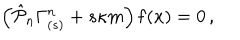
LaTeX: \left( \hat { { \cal P } } _ { n } \Gamma _ { ( s ) } ^ { n } + s \kappa m \right) { \bf f } ( x ) = 0 \, ,